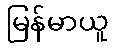
မြန်မာယူ